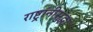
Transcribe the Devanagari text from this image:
राष्ट्रांनीसुद्धा